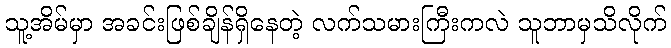
သူ့အိမ်မှာ အခင်းဖြစ်ချိန်ရှိနေတဲ့ လက်သမားကြီးကလဲ သူဘာမှသိလိုက်